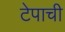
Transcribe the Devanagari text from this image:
टेपाची